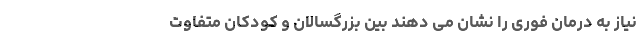
نیاز به درمان فوری را نشان می دهند بین بزرگسالان و کودکان متفاوت